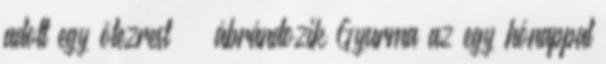
adott egy ötezrest” – ábrándozik Gyurma az egy hónappal